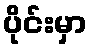
ပိုင်းမှာ